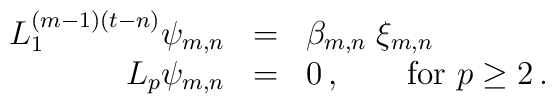
\begin{array}{rcl}    L_1^{(m-1)(t-n)} \psi_{m,n} &=& \beta_{m,n} \; \xi_{m,n}\, \\    L_{p} \psi_{m,n} &=& 0\,, \qquad\hbox{for $p \geq 2$}\,.  \end{array}